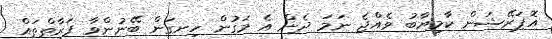
އޮޕަރޭޝަން ކާމިޔާބު ވެއްޖެ ނަމަ ދެން އެ މަގުން ހިނގަން ބޭނުންވާ ފަރާތްތައް